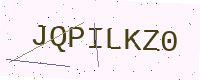
Text: JQPILKZ0